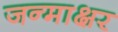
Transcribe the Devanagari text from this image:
जन्माक्षर